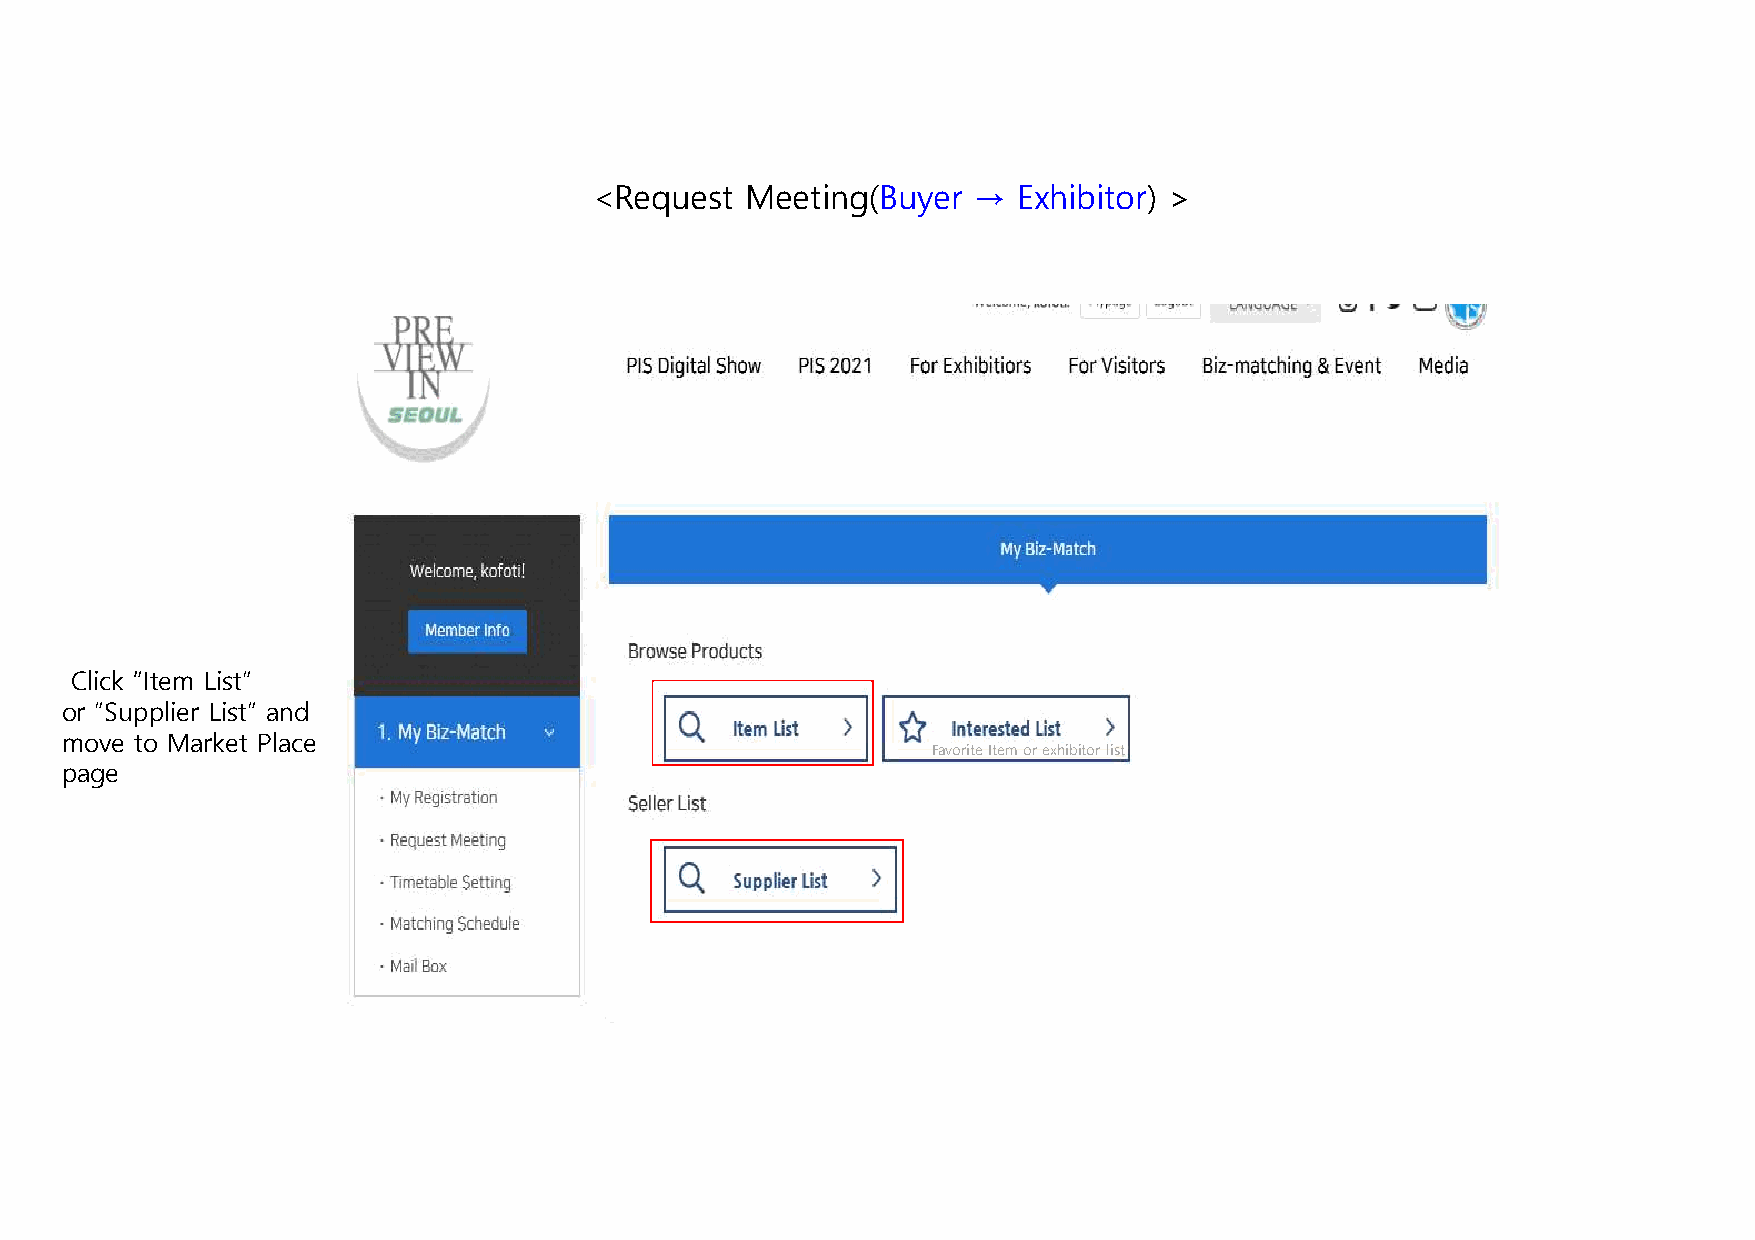
<Request  Meeting(Buyer  →  Exhibitor) >
 Click “Item List”
 or ”Supplier List” and
 move to Market Place
 Favorite Item or exhibitor list
 page